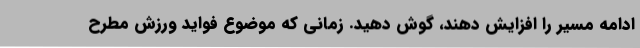
ادامه مسیر را افزایش دهند، گوش دهید. زمانی که موضوع فواید ورزش مطرح